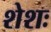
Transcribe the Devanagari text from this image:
शेशः